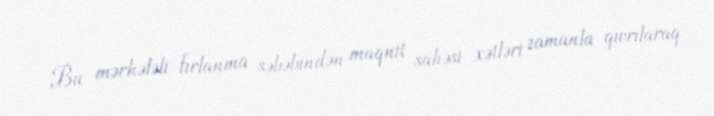
Bu mərhələli fırlanma səbəbindən maqnit sahəsi xətləri zamanla qıvrılaraq